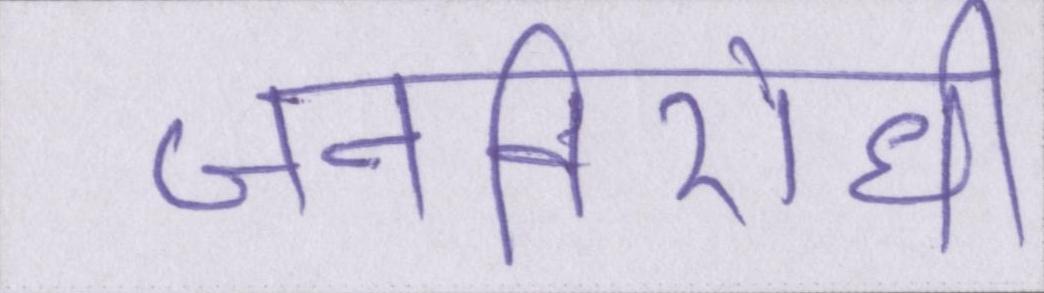
जनविरोधी